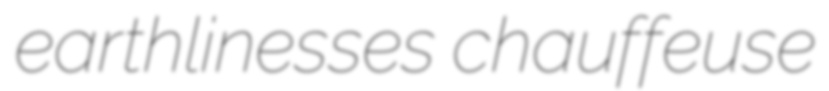
earthlinesses chauffeuse